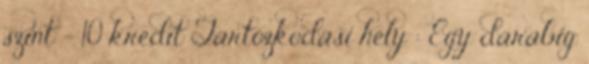
szint - 10 kredit Tartózkodási hely : Egy darabig